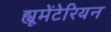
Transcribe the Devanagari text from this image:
ह्यूमेंटेरियन